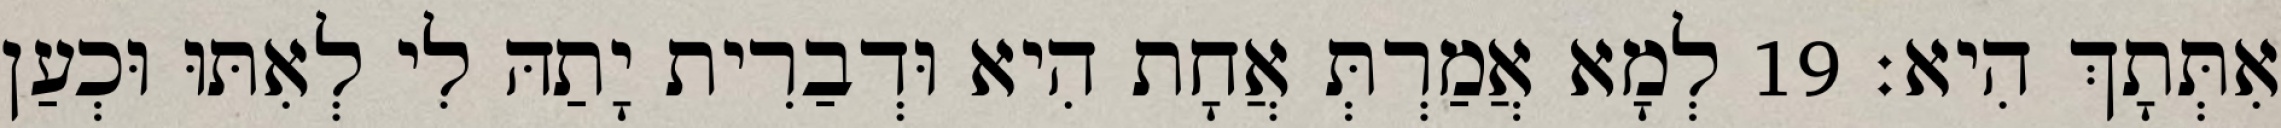
אִתְּתָךְ הִיא׃ 19 לְמָא אֲמַרְתְּ אֲחָת הִיא וּדְבַרִית יָתַהּ לִי לְאִתּוּ וּכְעַן